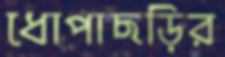
ধোপাছড়ির